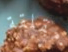
مقلقة